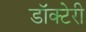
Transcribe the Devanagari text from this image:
डॉक्टेरी